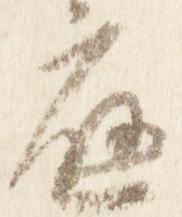
応